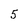
Character: 5